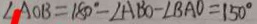
\angle A O B = 1 8 0 ^ { \circ } - \angle A B O - \angle B A O = 1 5 0 ^ { \circ }